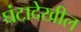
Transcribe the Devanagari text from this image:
घंटादेखील